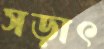
সড়াৎ